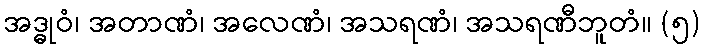
အဒ္ဓုဝံ၊ အတာဏံ၊ အလေဏံ၊ အသရဏံ၊ အသရဏီဘူတံ။ (၅)